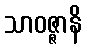
သာဝဇ္ဇာနိ